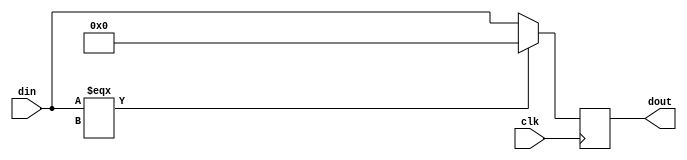
module dontCareFilter(din, dout, clk);

input clk;
input [15:0] din;
output [15:0] dout;
reg [15:0] dout;


always@(posedge clk)
	begin
		if (din === 16'bxxxxxxxxxxxxxxxx)
					dout = 16'b0000000000000000;
		else
			dout = din;

	end	
endmodule